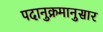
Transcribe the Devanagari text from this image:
पदानुक्रमानुसार